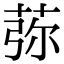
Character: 𦰴